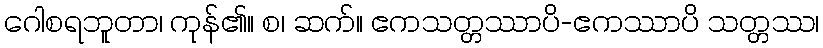
ဂေါစရဘူတာ၊ ကုန်၏။ စ၊ ဆက်။ ဧကသတ္တဿာပိ-ဧကဿာပိ သတ္တဿ၊